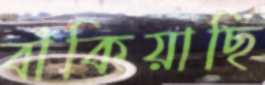
বাঁকিয়াছি